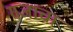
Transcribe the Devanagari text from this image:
गजाचा